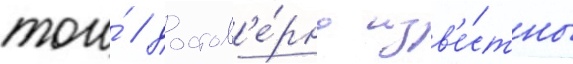
того́ / достов'е́рно изв'е́стны